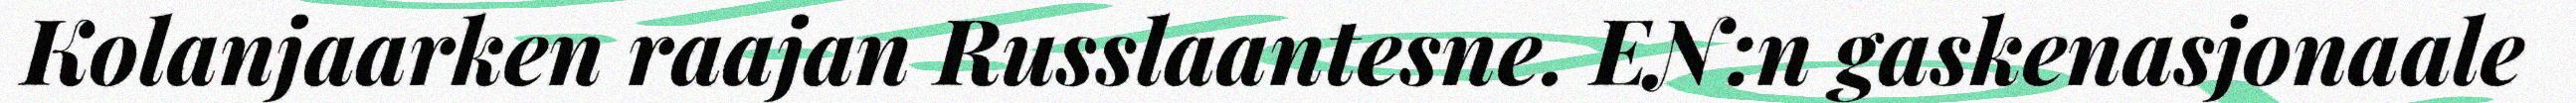
Kolanjaarken raajan Russlaantesne. EN:n gaskenasjonaale